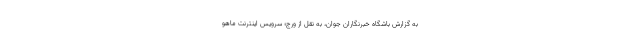
به گزارش باشگاه خبرنگاران جوان، به نقل از ورج؛ سرویس اینترنت ماهو